65_HS1-834228961_62-HQ-83894_Section_9
Agency: FBI
Page 49
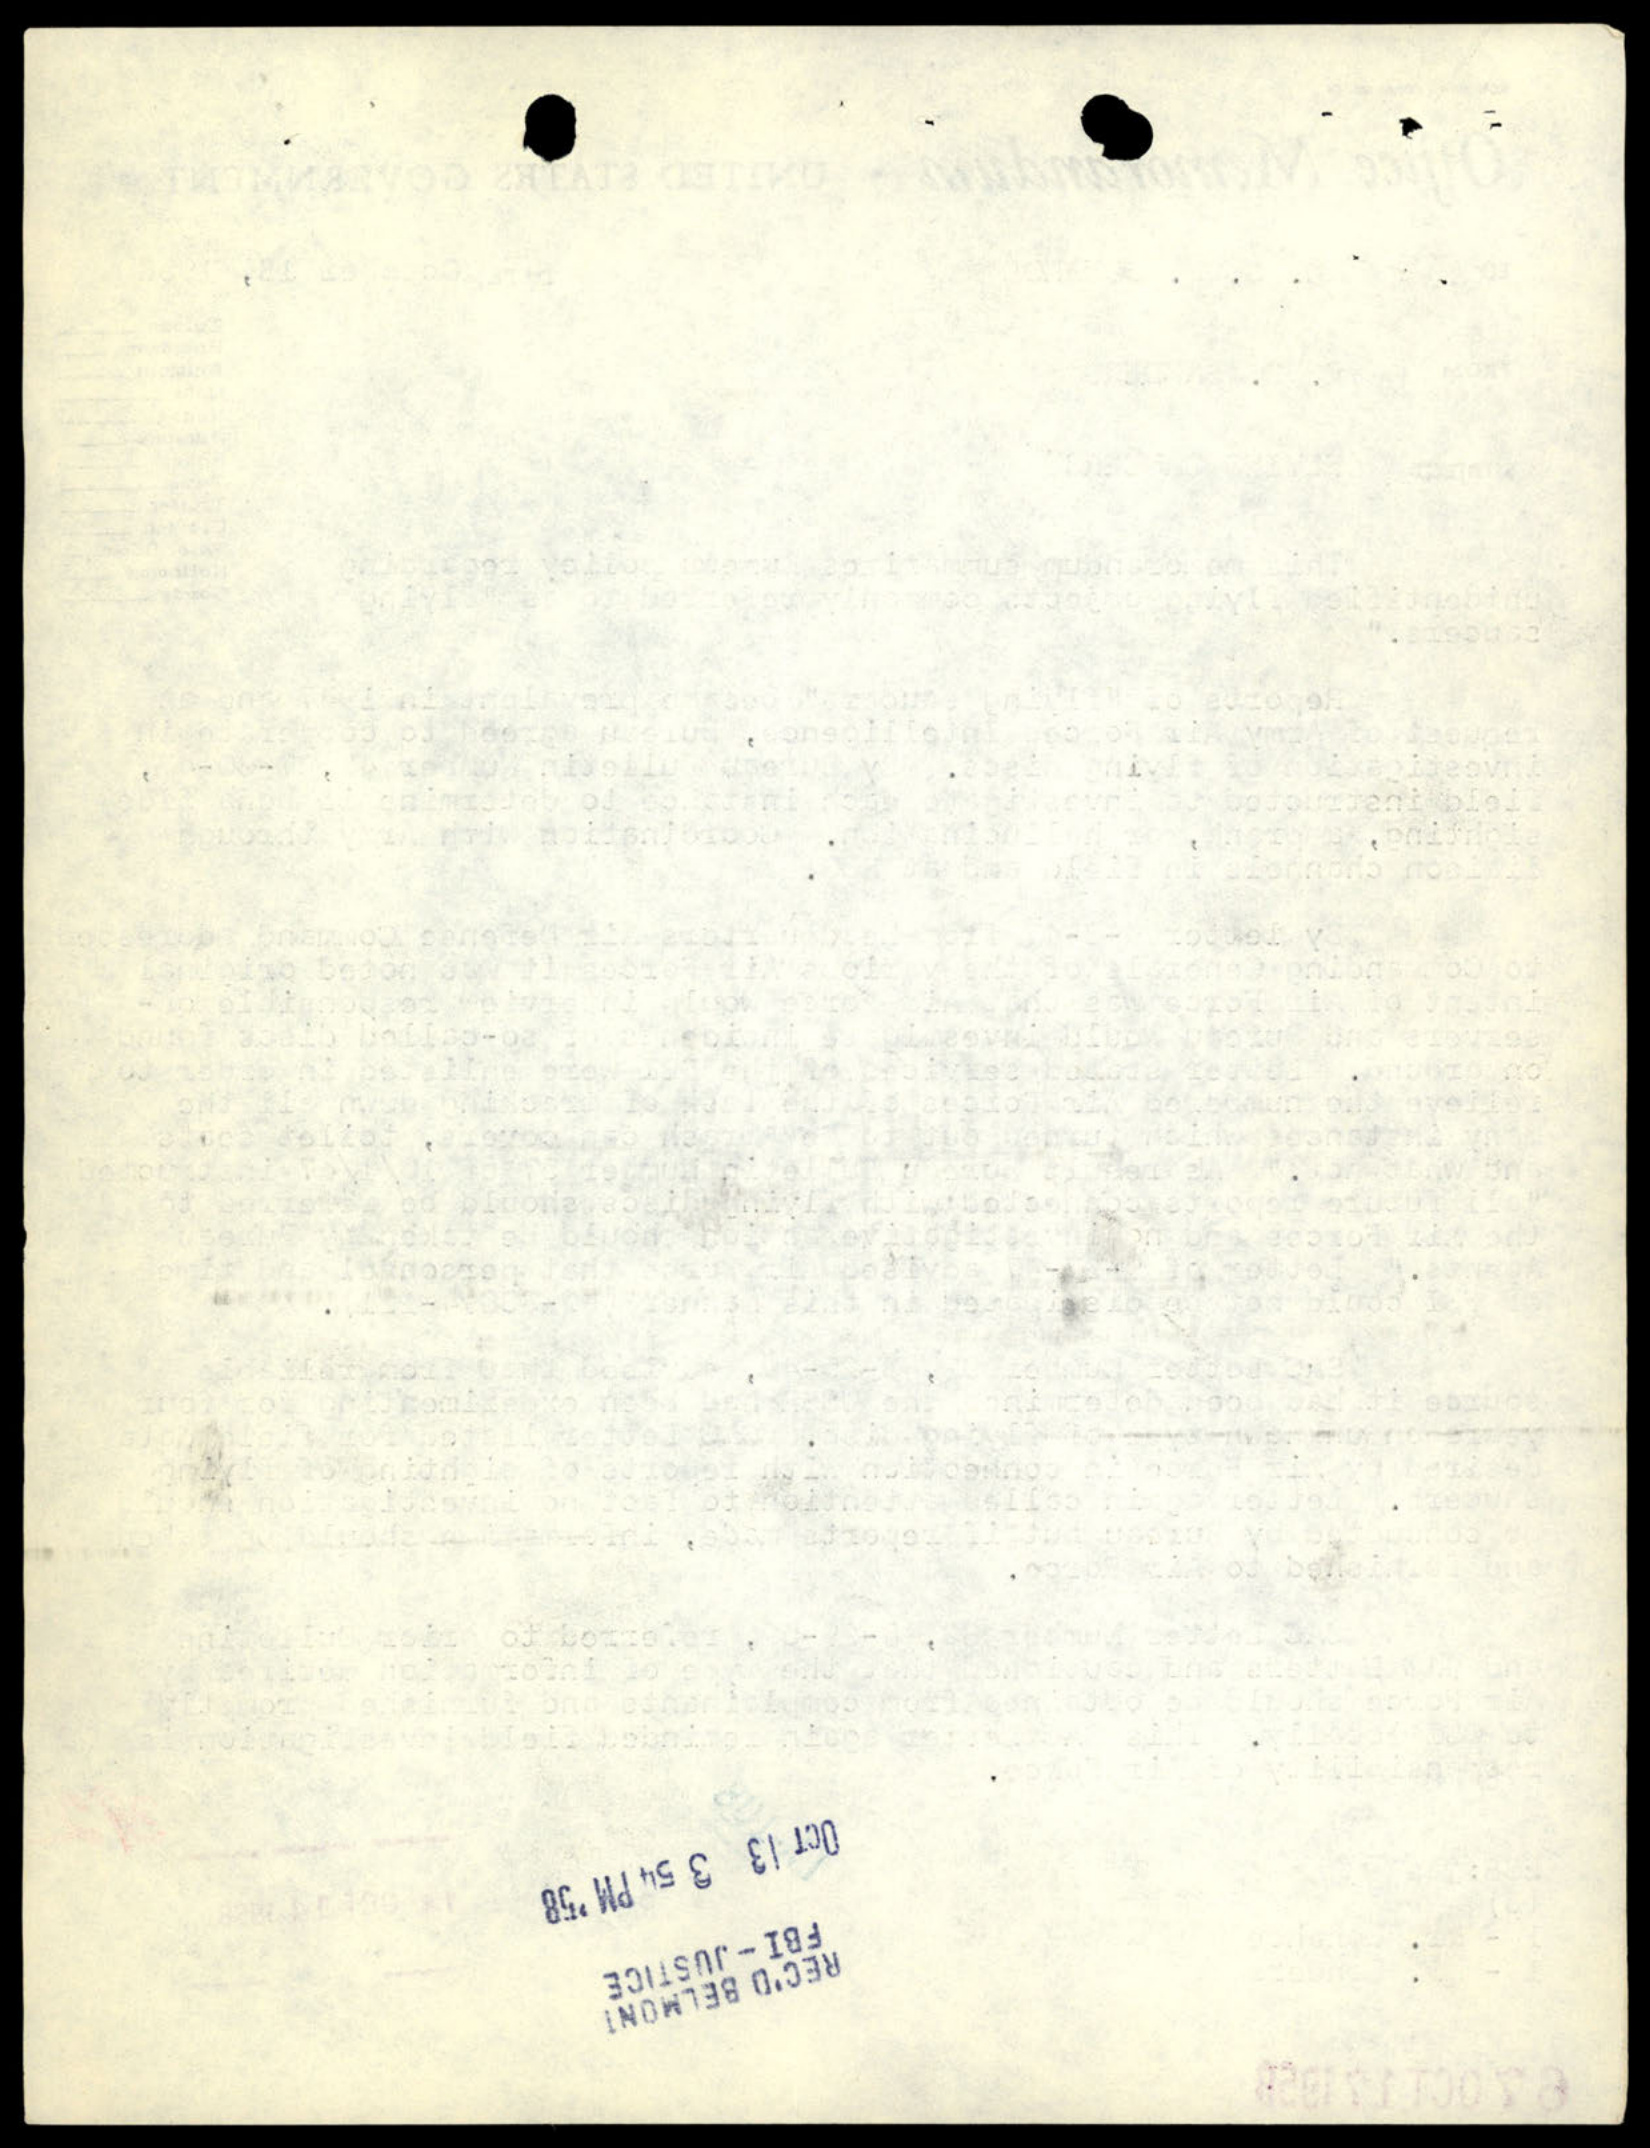